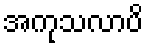
အကုသလာပိ